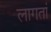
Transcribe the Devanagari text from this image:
लागतां